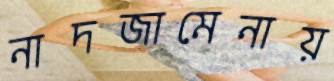
নাদজামেনায়